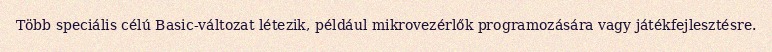
Több speciális célú Basic-változat létezik, például mikrovezérlők programozására vagy játékfejlesztésre.